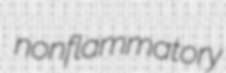
nonflammatory